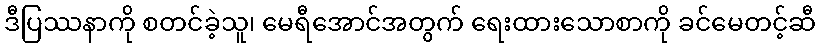
ဒီပြဿနာကို စတင်ခဲ့သူ၊ မေရီအောင်အတွက် ရေးထားသောစာကို ခင်မေတင့်ဆီ